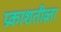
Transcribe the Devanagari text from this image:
प्रकाशतीव्रता